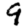
Digit: 9